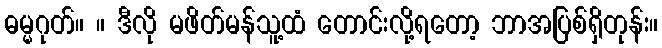
ဓမ္မဂုတ်။ ။ ဒီလို မဖိတ်မန်သူ့ထံ တောင်းလို့ရတော့ ဘာအပြစ်ရှိတုန်း။